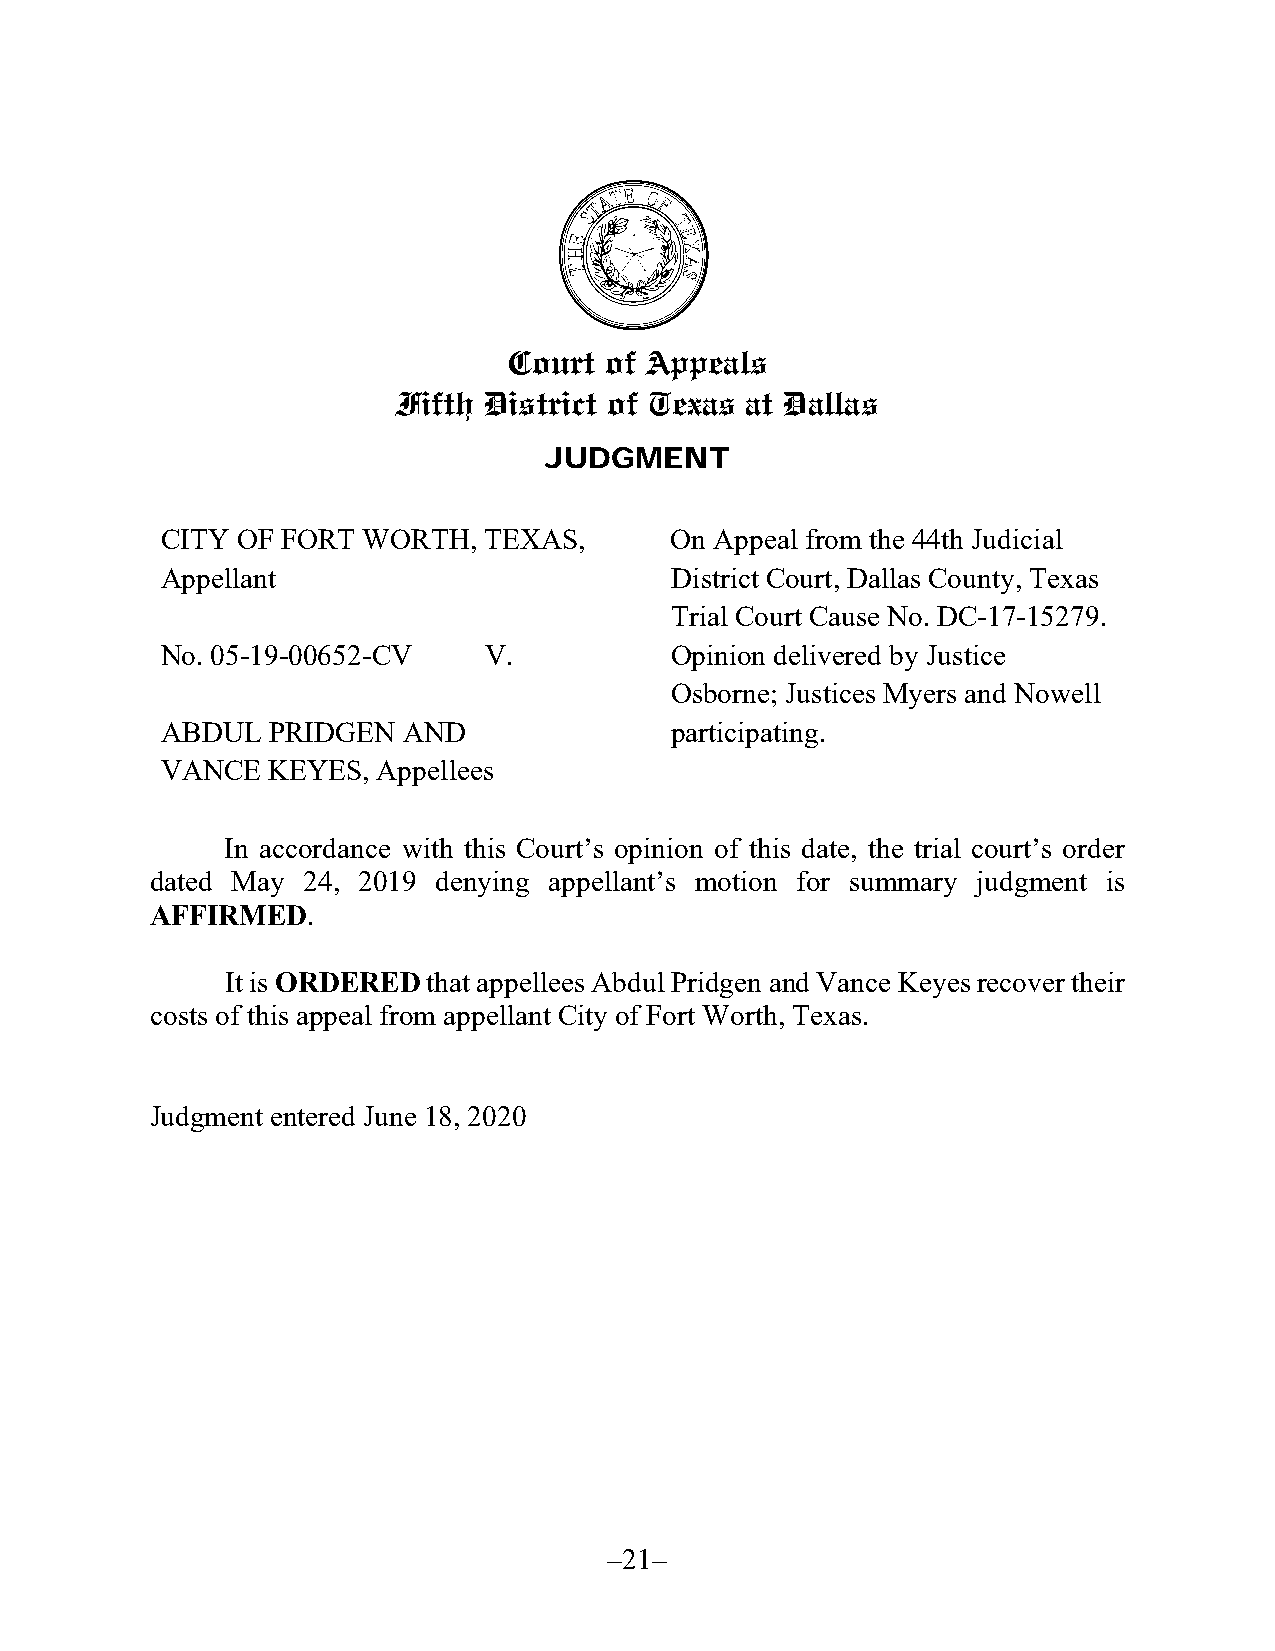
S
 Court of Appeals
 Fifth District of Texas at Dallas
 JUDGMENT
 CITY OF FORT WORTH,  TEXAS,      On Appeal from the 44th Judicial
 Appellant                        District Court, Dallas County, Texas
 Trial Court Cause No. DC-17-15279.
 No. 05-19-00652-CV   V.          Opinion delivered by Justice
 Osborne; Justices Myers and Nowell
 ABDUL  PRIDGEN  AND              participating.
 VANCE  KEYES, Appellees
 In accordance with this Court’s opinion of this date, the trial court’s order
 dated May 24, 2019 denying appellant’s motion for summary judgment is
 AFFIRMED.
 It is ORDERED that appellees Abdul Pridgen and Vance Keyes recover their
 costs of this appeal from appellant City of Fort Worth, Texas.
 Judgment entered June 18, 2020
 –21–